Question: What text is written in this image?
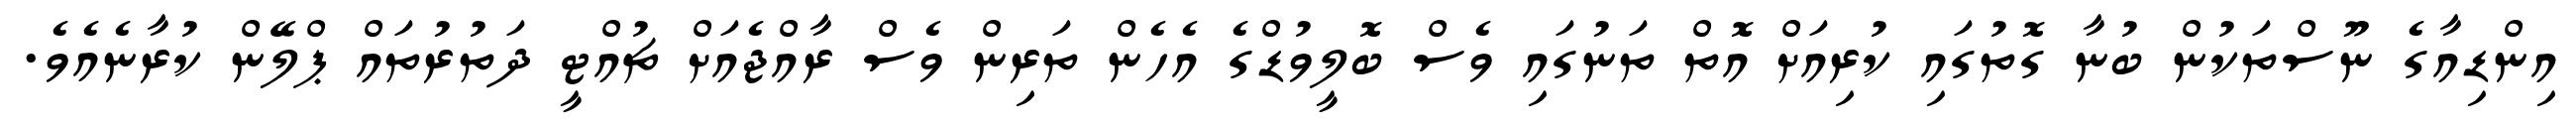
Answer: އިންޑިއާގެ ނޫސްތަކުން ބުނާ ގޮތުގައި ކުރިއަށް އޮތް ތަނުގައި ވެސް ބޮލީވުޑްގެ އެހެން ތަރިން ވެސް ރާއްޖެއަށް ޗުއްޓީ ދަތުރުތައް ޕްލޭން ކުރާނެއެވެ.